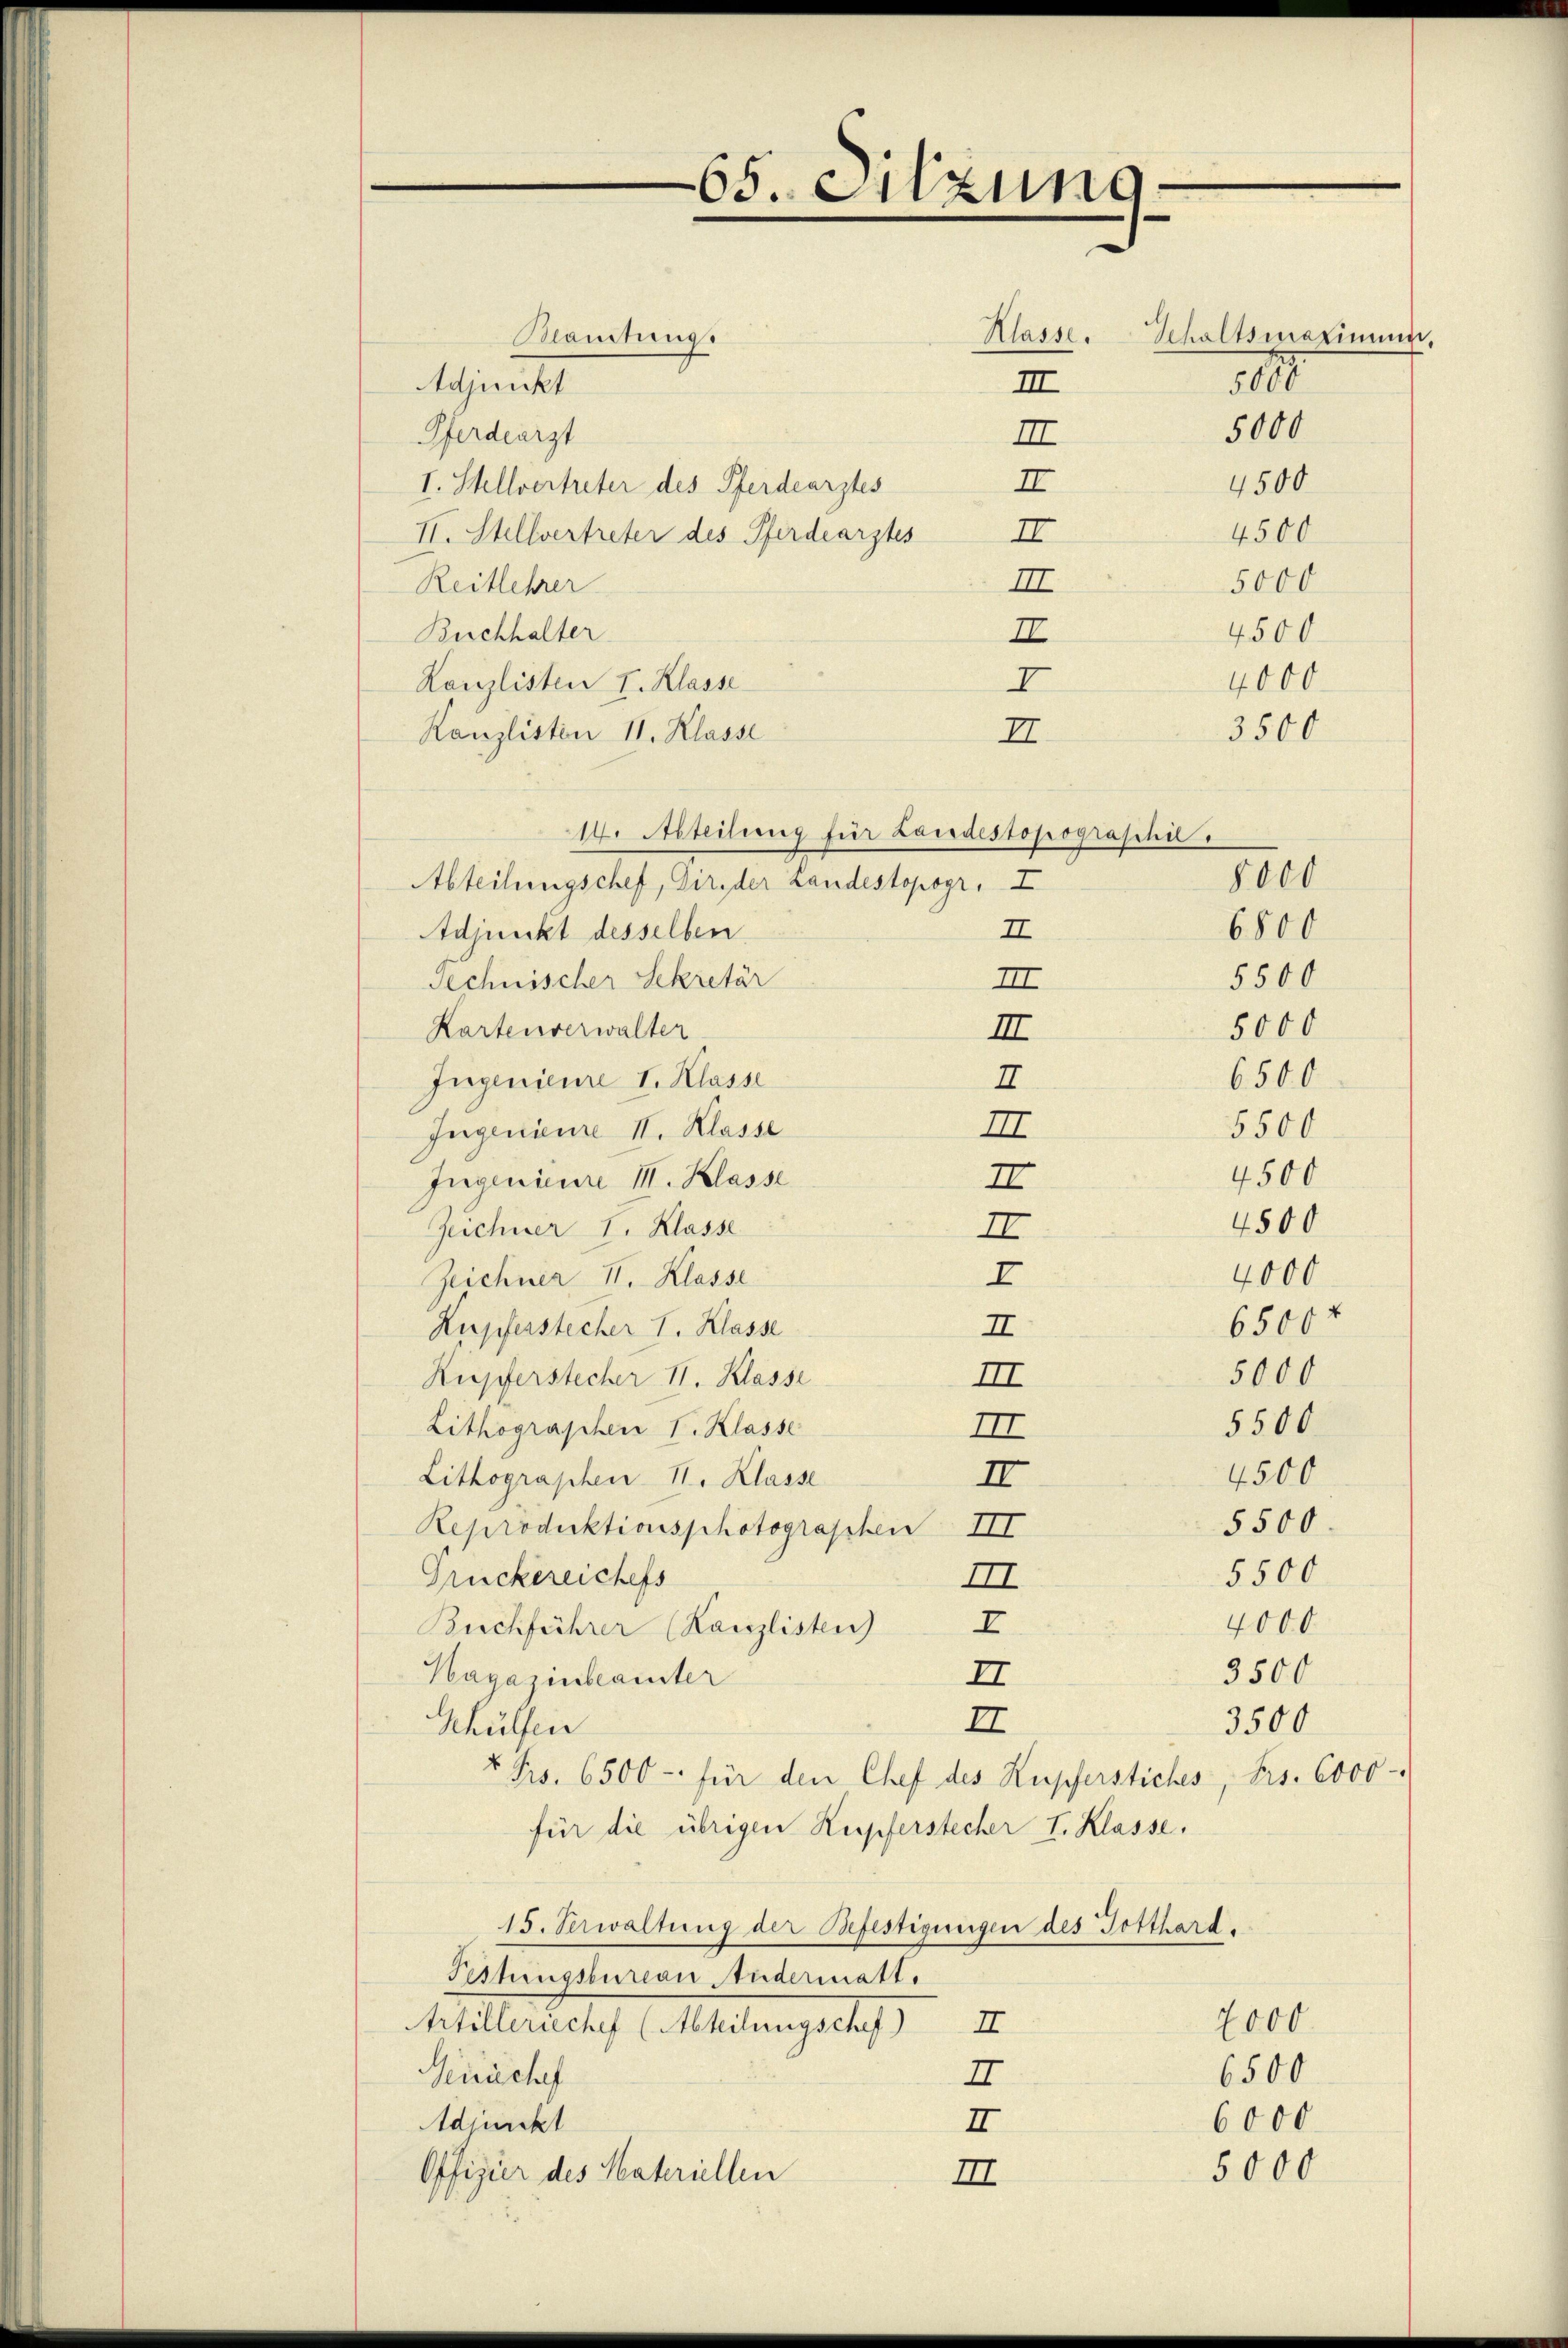
Blaustung.
Adjunkt
III
Pferdearzt
III
4500
II
I. Stellvertreter des Pferdearztes
4500
II
II. Stellvertreter des Pferdearztes
5000
III
Reitlehrer
4500
Buchhalter
II
4000.
I
Kanzlisten I. Klasse
3500
Kanzlisten 11. Klasse
II.
14. Abteilung für Landestopographil.
Abteilungschef, Dir der Landestopogr. I
II
Adjunkt desselben
Technischer Sekretär
III
Kartenverwalter
II
Ingenieure I. Klasse
I
III
Ingenieure II. Klasse
Ingenieure III. Klasse
II
Zeichner I. Klasse
II
I
Zeichner II. Klasse
Kupferstecher I. Klasse
II
Kupferstecher II. Klasse
III
Lithographen I. Klasse
III
II
Lithographen 11. Klasse
5500
Reproduktionsphotographen III
Gruckereichefs
III
I
4000
Buchführer (Kanzlisten
3500
Hagazinbeamter
II
II
3500
Ghülfen
8 Frs. 6500 - für den Chef des Kupferstiches, Frs. 6000-
für die übrigen Kupferstecher I. Klasse.
15. Verwaltung der Befestigungen des Gotthard.
Pestungsbureau Andermatt.
2000.
Artilleriechef (Abteilungschef) II
6500
Geirischef
I
6000
Adjunkt
II
5000
Offizier des Sakriellen
III

65. Sitzung

Klasse. Schaltsmaximus,

100
5000

8000
6800
5500
5000
6500
5500
4500
4500
4000
6500 x
5000
5500.
4500
5500